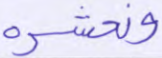
ونحشره